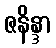
ဇနိန္ဒာ